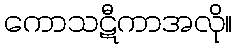
ကောသဋီကာအလို။